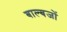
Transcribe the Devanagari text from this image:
बाल्बजों